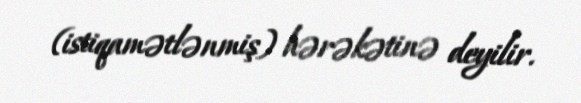
(istiqamətlənmiş) hərəkətinə deyilir.